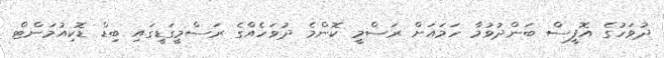
ދުވަހުގެ އޮފީސް ބަންދުވުމާ ހަމައަށް ރަސްމީ ކޮންމެ ދުވަހެއްގެ ރަސްމީގަޑީގައި ބިޑް ޑޮކިއުމަންޓް